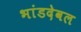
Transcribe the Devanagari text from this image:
भांडदेवल